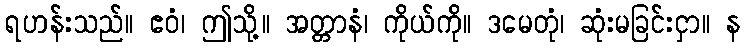
ရဟန်းသည်။ ဧဝံ၊ ဤသို့။ အတ္တာနံ၊ ကိုယ်ကို။ ဒမေတုံ၊ ဆုံးမခြင်းငှာ။ န